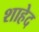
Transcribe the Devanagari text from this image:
शाहेद